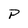
Character: P